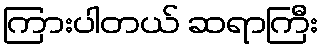
ကြားပါတယ် ဆရာကြီး